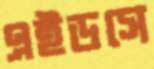
এইডসে